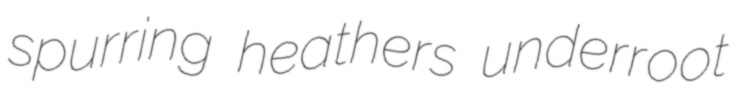
spurring heathers underroot